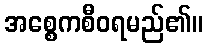
အစ္စေကစီဝရမည်၏။